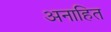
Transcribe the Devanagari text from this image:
अनाहित